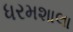
ધરમશાલા